Report on vaccination in the Province of Bengal - 1869-1873
Year: 1869
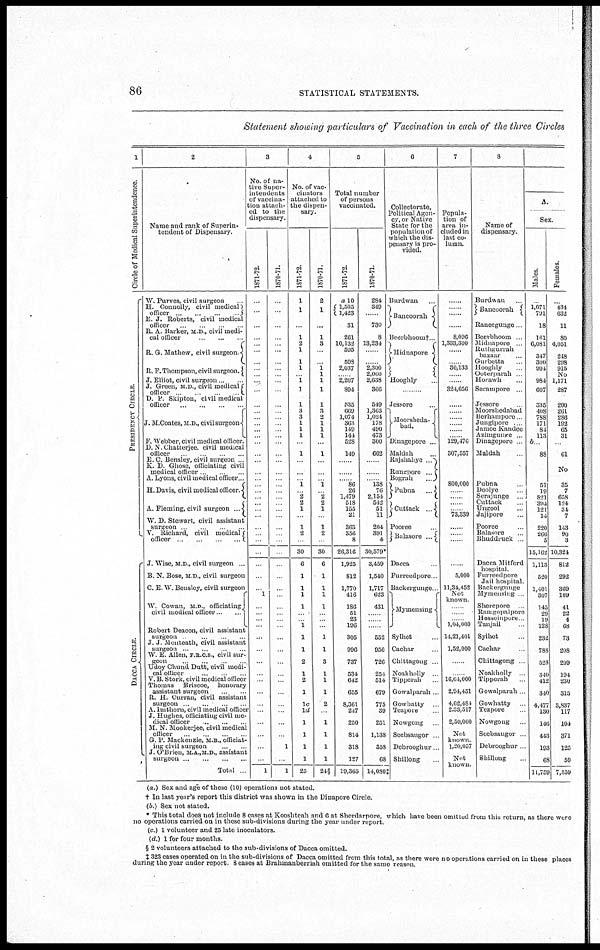
86
STATISTICAL STATEMENTS.
Statement showing particulars of Vaccination in each of the three Circles
1
Circle of Medical Superintendence.
PRESIDENCY CIRCLE.
DACCA CIRCLE.
2
Name and rank of Superin-
tendent of Dispensary.
W. Purves, civil surgeon ...
H. Connolly, civil medical
officer
...
...
...
...
E J. Roberts, civil medical
officer ... ... ... ...
R. A Barker, M D, civil medi-
cal officer ... ... ...
R. G. Mathew, civil surgeon.
R. F. Thompson, civil surgeon.
J. Elliot, civil surgeon ... ...
J. Greeu, M.D , civil medical
officer
...
...
...
...
D P Skipton, civil medical
officer ... ... ... ...
J. M Coates, M.D., civil surgeon
P. Webber, civil medical officer.
D N Chatterjee. civil medical
officer ... ... ... ...
E C.Bensley, civil surgeon ...
K. D Ghose, officiating civil
medical officer ... ... ...
A. Lyons, civil medical officer ...
H. Davis, civil medical officer.
A. Fleming, civil surgeon ...
W. D. Stewart, civil assistant
surgeon ... ... ... ...
V. Richard, civil medical
officer
...
...
...
...
J. Wise, M D., civil surgeon ...
B. X. Bose, M.D , civil surgeon
C.E. W. Bensley, civil surgeon
W. Cowan, M D., officiating
civil medical officer
... ...
Robert Deacon, civil assistant
surgeon ... ... ... ...
J. J Monteath, civil assistant
surgeon ... ... ... ...
W. E. Allen, F.R.C.S., civil sur-
geon ... ... ... ...
Udoy Chund Dutt,civil medi-
cal officer ... ... ...
V.B. Stork, civil medical officer
Thomas Briseoe, honorary
assistant surgeon ... ...
R. H Curran, civil assistant
surgeon ... ... ... ...
A. lmthorn, civil medical officer
J. Hughes, officiating civil me-
dical officer... ... ...
M. N. Mookerjee, civil medical
officer... ... ... ...
G. P. Mackenzie, M B., officiat-
ing civil surgeon... ...
J O'Brien, M.A.,M.D., assistant
surgeon ... ... ... ...
Total ...
3
No of na-
tive Super-
intendents
of vaccina-
tion attach-
ed to the
dispensary.
1871-72.
...
...
...
...
...
...
...
...
...
...
...
...
...
...
...
...
...
...
...
...
...
...
...
...
...
...
...
...
...
...
...
...
... 1
...
...
...
...
...
...
...
...
... ...
...
...
...
...
...
...
1
1870-71.
...
...
...
...
...
...
...
...
...
...
...
...
...
...
...
...
...
...
...
...
...
...
...
...
...
...
...
...
...
...
...
...
...
...
...
...
...
...
...
...
...
...
... ...
...
...
...
...
1
...
1
4
No of vac-
cinators
attached to
the dispen-
sary.
1871-72.
1
1
...
1
2
1
1
1
1
1
1
3
3
1
1
1
...
1
...
...
... 1
... 2
2
1
...
1
2
30
6
1
1
1
1
...
... 1
1
1
2
1
2
1
lc
1d
1
1
1
1
25
1870-71.
2
1
...
1
3
...
... 1
1
1
1
1
3
2
1
1
1
...
1
...
...
... 1
... 2
2
1
...
1
2
30
6
1
1
1
1
...
...
...
1
1
3
1
1
1
2
...
1
1
1
1
24§
5
Total number
of persons
vaccinated.
1871-72.
a 10
1,505
1,423
31
261
10,132
595
598
2,037
...... 2,207
894
535
669
1,074
363
149
144
528
149
......
......
...... 86
26
1,479
518
155
21
363
356
8
26,316
1,925
812
1,770
416
186
51
23
196
305
996
737
534
642
655
8,361
247
250
814
318
127
19,365
1870-71.
284
349
......
730
8
13,234
......
...... 2,300
2,060
2,638
366
549
1,363
1,024
178
490
473
300
662
......
......
...... 138
76
2,154
542
51
11
204
391
4
30,579*
3,459
1,540
1,717
623
431
......
......
......
552
956
726
254
514
679
775
39
251
1,138
358
68
14,080‡
6
Collectorate,
Political Agen-
cy, or Native
State for the
population of
which the dis-
pensary is pro-
vided.
Burdwan ...
Bancoorah
Bcerbhoom†...
Midnapore
Hooghly ...
......
Jessore ...
Mooisheda-
bad.
Dinagepore ...
Maldah ...
Rajshahye
...
Rungpore
...
Bograh
...
Pubna
...
Cuttack
...
Pooree ...
Balasore ...
Dacca ...
Furreedpore ...
Backergunge ...
Mymensing
Sylhet ...
Cachar ...
Chittagong ...
Noakholly ...
Tipperah ...
Gowalparah ...
Gowhatty ...
Tezpore ...
Nowgong ...
Seebsaugor ...
Debrooghur ...
Shillong ...
7
Popula-
tion of
area in-
cluded in
last co-
lumn.
......
......
......
......
8,096
1,333,300
......
...... 30,133
......
......
324,656
......
......
......
......
......
...... 129,476
307,557
800,000
......
......
......
...... 73,339
......
......
......
......
......
5,000
11,34,452
Not
known.
......
......
...... 1,04,000
14,21,401
1,52,000
......
......
16,64,000
2,94,451
4,62,484
2,33,317
2,50,000
Not
known.
1,20,057
Not
known.
8
Name of
dispensary.
Burdwan ...
Bancoorah
Raneegunge ...
Beerbhoom ...
Midnapore ...
Ruthgurrah
bazaar ...
Guibetta ...
Hooghly ...
Ootorparah ...
Horawh...
Serampore...
Jessore ...
Moorshedabad
Berhampore ...
Jungipore ...
Jamoe Kandce
Azimgunre ...
Dinagepore ...
Maldah ...
Pubna ...
Doolye ...
Serajunge ...
Cuttack ...
Ungool ...
Jajipore ...
Pooree ...
Balasore ...
Bhuddiuck ...
Dacca Mitford
hospital
Furreedpore
Jail hospital.
Backergunge
Mymensing ...
Sherepore ...
Ramgopalpore
Hossempore ...
Tanjail ...
Sylhet ...
Cachar ...
Chittogong ...
Noakholly ...
Tipperah ...
Gowalparah ...
Gowhatty ...
Tezpore ...
Nowgong ...
Seebsaugor ...
Debrooghur ...
Shillong ...
A.
Sex
Males.
...
1,071
791
18
161
6,081
347
300
904
984
607
335
408
788
171
84
113
b...
88
51
19
821
394
121
14
220
266
5
15,162
1,113
520
1,401
307
145
29
19
128
232
788
528
340
412
340
4,477
130
146
443
193
68
11,759
Females.
...
434
632
11
80
4,051
248
298
915
No
1,171
287
200
261
286
192
65
31
...
61
No
35
7
658
124
34
7
143
90
3
10,324
812
292
369
109
41
22
4
68
73
208
209
194
230
315
3,837
117
104
371
125
59
7,559
(a.) Sex and age of these (10) operations not stated.
† In last year's report this district was shown in the Dinapore Circle.
(b) Sex not stated.
* This total does not include 8 cases at Kooshteah and 6 at Sherdarpore, which have been omitted from this, return, as there were
no operations carried on in these sub-divisions during the year under report.
(c) 1 volunteer and 25 late inoculators.
(d) 1 for four months.
§ 2 volunteers attached to the sub-divisions of Dacca omitted.
‡ 323 cases operated on in the sub-divisions of Dacca omitted from this total, as there were no operations carried on in these places
during the year under report. 8 cases at Brahmanberriah omitted for the same reason.